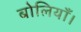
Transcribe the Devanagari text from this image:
बोलियाँ।